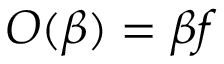
O ( \beta ) = \beta f